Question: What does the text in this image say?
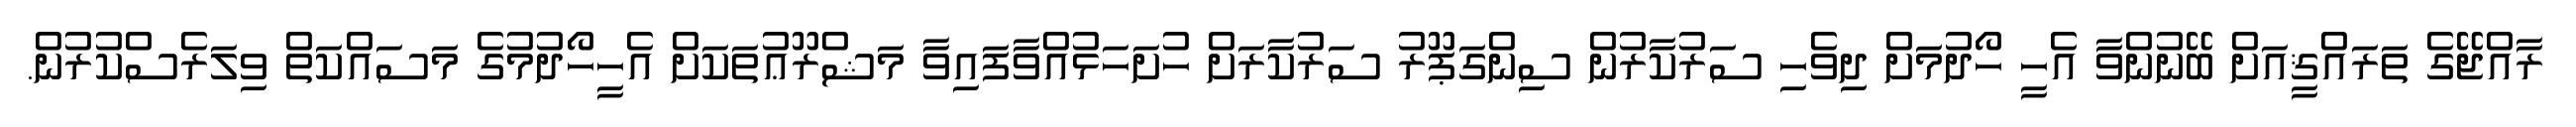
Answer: ރާއްޖޭގެ ތަރައްޤީއަށް ބޭނުންވާ އެހީ ހޯދުމަށް ދިވެހި ސަރުކާރުން ސިންގަޕޫރު ސަރުކާރަށް ހުށަހަޅުއްވާފައިވާ މަޝްރޫޢުތަކަށް އެހީހޯދުމުގެ މަސައްކަތް ވިލަރެސްކުރުން.